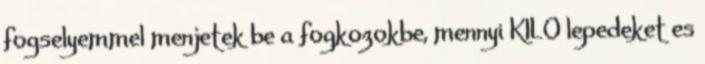
fogselyemmel menjetek be a fogkozokbe, mennyi KILO lepedeket es